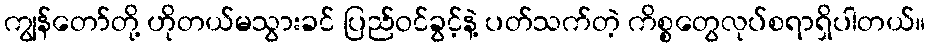
ကျွန်တော်တို့ ဟိုတယ်မသွားခင် ပြည်ဝင်ခွင့်နဲ့ ပတ်သက်တဲ့ ကိစ္စတွေလုပ်စရာရှိပါတယ်။